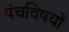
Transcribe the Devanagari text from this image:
पंचविषयों